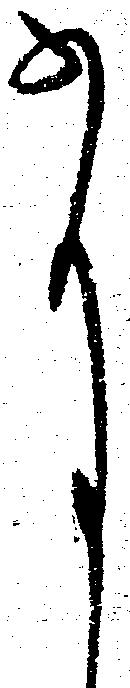
尚